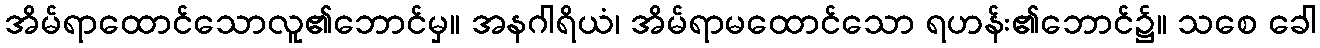
အိမ်ရာထောင်သောလူ၏ဘောင်မှ။ အနဂါရိယံ၊ အိမ်ရာမထောင်သော ရဟန်း၏ဘောင်၌။ သစေ ခေါ